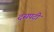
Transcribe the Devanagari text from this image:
दसपटी